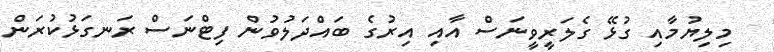
މިލިޔުމާއި ގުޅޭ ގެލަރީވީނަސް އާއި އިރުގެ ބައްދަލުވުން ފިޓްނަސް ރަނގަޅުކުރަން